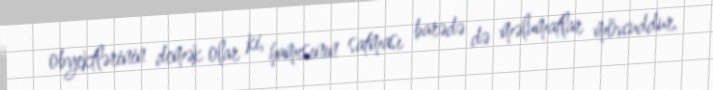
obyektlərinin demək olar ki, hamısının satması barədə də məlumatlar mövcuddur.